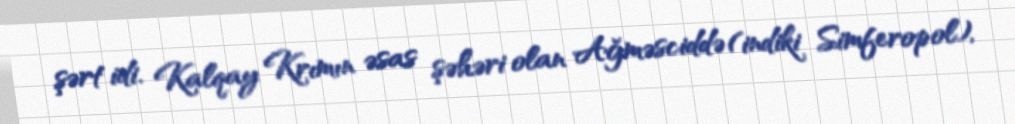
şərt idi. Kalqay Krımın əsas şəhəri olan Ağməsciddə (indiki Simferopol),